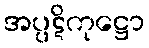
အပ္ပဋိကုဋ္ဌော